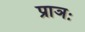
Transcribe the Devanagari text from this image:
प्राञः